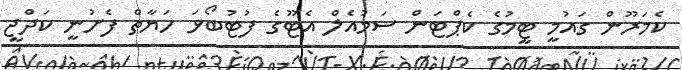
ކެމަރޫން ގައުމީ ޓީމުގެ ކެޕްޓަން ސަމުއެލް އެޓޫގެ ފުޓުބޯޅަ ހަޔާތް ފެށުނީ ކަދްޖީ